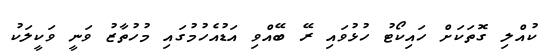
ކުއްލި ގޮތަކަށް ހައިކޯޓު ހުޅުވައި ރޭ ބޭއްވި އަޑުއެހުމުގައި މުހުތާޒު ވަނީ ވަކީލަކު